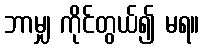
ဘာမျှ ကိုင်တွယ်၍ မရ။